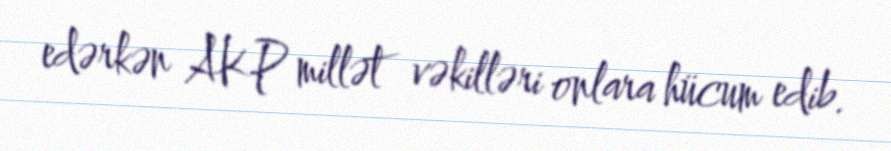
edərkən AKP millət vəkilləri onlara hücum edib.